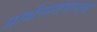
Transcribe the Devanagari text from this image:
प्रार्थनासमाजाचे